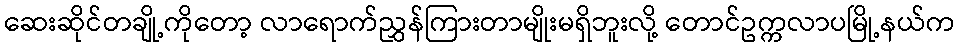
ဆေးဆိုင်တချို့ကိုတော့ လာရောက်ညွှန်ကြားတာမျိုးမရှိဘူးလို့ တောင်ဥက္ကလာပမြို့နယ်က